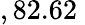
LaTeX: ,82.62\